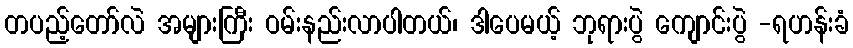
တပည့်တော်လဲ အများကြီး ဝမ်းနည်းလာပါတယ်၊ ဒါပေမယ့် ဘုရားပွဲ ကျောင်းပွဲ -ရဟန်းခံ